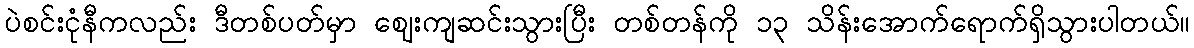
ပဲစင်းငုံနီကလည်း ဒီတစ်ပတ်မှာ ဈေးကျဆင်းသွားပြီး တစ်တန်ကို ၁၃ သိန်းအောက်ရောက်ရှိသွားပါတယ်။